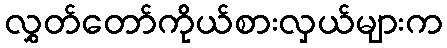
လွှတ်တော်ကိုယ်စားလှယ်များက